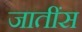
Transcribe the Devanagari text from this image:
जातींस